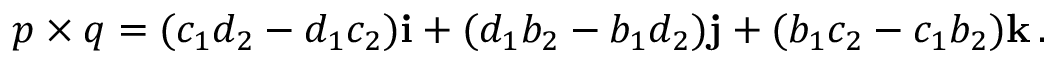
p \times q = ( c _ { 1 } d _ { 2 } - d _ { 1 } c _ { 2 } ) \mathbf { i } + ( d _ { 1 } b _ { 2 } - b _ { 1 } d _ { 2 } ) \mathbf { j } + ( b _ { 1 } c _ { 2 } - c _ { 1 } b _ { 2 } ) \mathbf { k } \, .